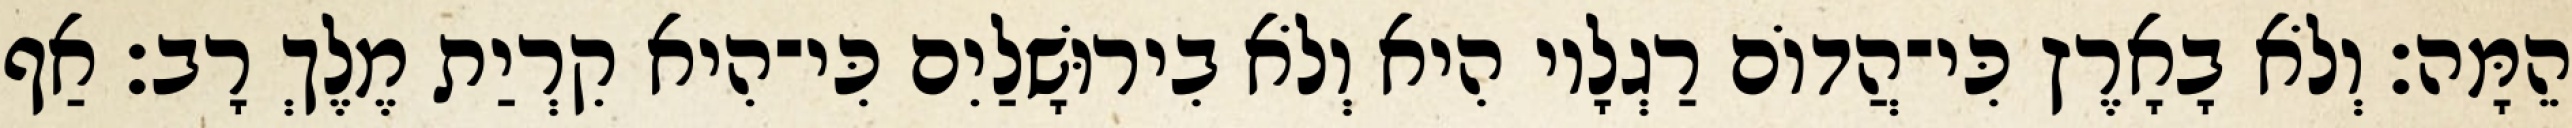
הֵמָּה׃ וְלֹא בָאָרֶץ כִּי־הֲדוֹם רַגְלָיו הִיא וְלֹא בִירוּשָׁלַיִם כִּי־הִיא קִרְיַת מֶלֶךְ רָב׃ אַף